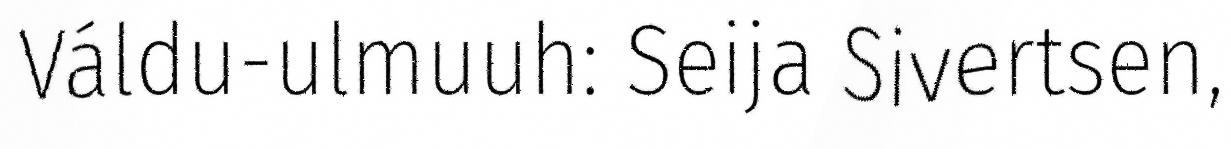
Váldu-ulmuuh: Seija Sivertsen,